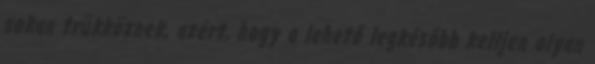
sokan trükköznek, azért, hogy a lehető legkésőbb kelljen olyan